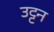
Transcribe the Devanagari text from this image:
उट्टन